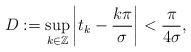
LaTeX: \begin{align*}D:=\sup_{k\in \mathbb{Z}}\left\vert t_{k}-\frac{k\pi }{\sigma }\right\vert <\frac{\pi }{4\sigma }, \end{align*}